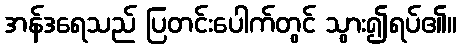
အန်ဒရေသည် ပြတင်းပေါက်တွင် သွား၍ရပ်၏။